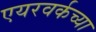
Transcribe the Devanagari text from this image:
एयरवर्कच्या